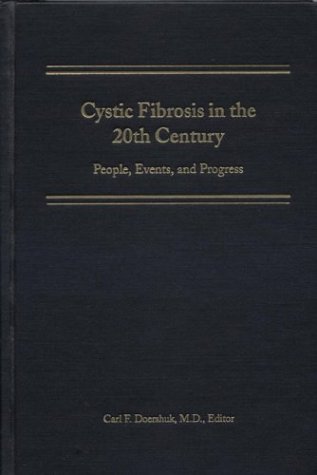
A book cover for Cystic Fibrosis in the 20th Century: People, Events, and Progress; Health, Fitness & Dieting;